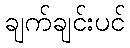
ချက်ချင်းပင်